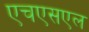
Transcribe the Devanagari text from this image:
एचएसएल